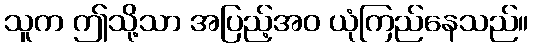
သူက ဤသို့သာ အပြည့်အဝ ယုံကြည်နေသည်။